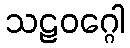
သဠဝဂ္ဂေါ